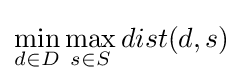
\min _{d\in D}\max _{s\in S}dist(d,s)